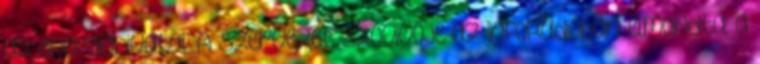
az energiahivatal. A szervezet szóvivője az InfoRádióban elmondta: a